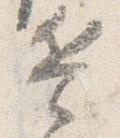
兵